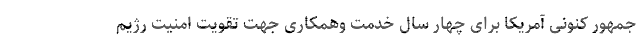
جمهور کنونی آمریکا برای چهار سال خدمت وهمکاری جهت تقویت امنیت رژیم